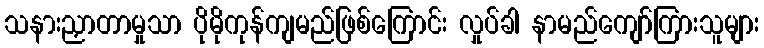
သနားညှာတာမှုသာ ပိုမိုကုန်ကျမည်ဖြစ်ကြောင်း လှုပ်ခါ နာမည်ကျော်ကြားသူများ